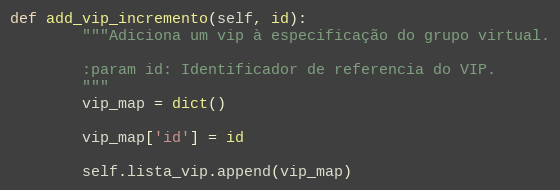
Language: Python
def add_vip_incremento(self, id):
        """Adiciona um vip à especificação do grupo virtual.

        :param id: Identificador de referencia do VIP.
        """
        vip_map = dict()

        vip_map['id'] = id

        self.lista_vip.append(vip_map)